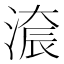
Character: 𣺚